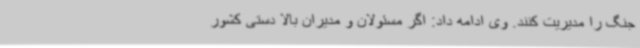
جنگ را مدیریت کنند. وی ادامه داد: اگر مسئولان و مدیران بالا دستی کشور